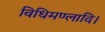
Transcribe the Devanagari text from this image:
विधिमण्लादि।